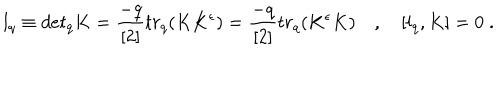
LaTeX: l _ { q } \equiv d e t _ { q } K = \frac { - q } { [ 2 ] } t r _ { q } ( K K ^ { \epsilon } ) = \frac { - q } { [ 2 ] } t r _ { q } ( K ^ { \epsilon } K ) \quad , \quad [ l _ { q } , K ] = 0 \; .